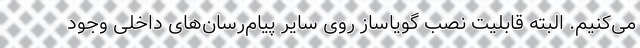
می‌کنیم. البته قابلیت نصب گویاساز روی سایر پیام‌رسان‌های داخلی وجود